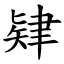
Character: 肄